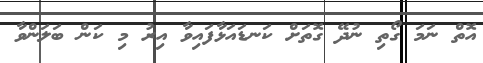
އޮތް ނަމަ ގޯތި ނުދޭ ގޮތަށް ކަނޑައަޅާފައިވާ އިރު މި ކަން ބަލަންވާ